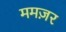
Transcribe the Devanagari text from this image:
ममज़र